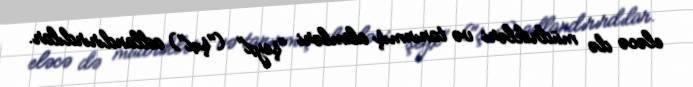
eləcə də müdrikləri və tanınmış alimləri "şeyx" ("şıx") adlandırırdılar.